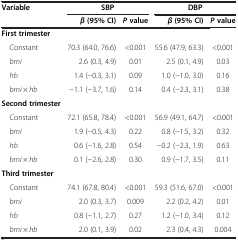
<table><thead><tr><td rowspan="2"><b>Variable</b></td><td colspan="2"><b>SBP</b></td><td colspan="2"><b>DBP</b></td></tr><tr><td><b><i>β </i>(95% CI)</b></td><td><b><i>P </i>value</b></td><td><b><i>β </i>(95% CI)</b></td><td><b><i>P </i>value</b></td></tr></thead><tbody><tr><td><b>First trimester</b></td><td> </td><td> </td><td> </td><td> </td></tr><tr><td> Constant</td><td>70.3 (64.0, 76.6)</td><td>&lt;0.001</td><td>55.6 (47.9, 63.3)</td><td>&lt;0.001</td></tr><tr><td> <i>bmi</i></td><td>2.6 (0.3, 4.9)</td><td>0.01</td><td>2.5 (0.1, 4.9)</td><td>0.03</td></tr><tr><td> <i>hb</i></td><td>1.4 (-0.3, 3.1)</td><td>0.09</td><td>1.0 (-1.0, 3.0)</td><td>0.16</td></tr><tr><td> <i>bmi</i> × <i>hb</i></td><td>-1.1 (-3.7, 1.6)</td><td>0.14</td><td>0.4 (-2.3, 3.1)</td><td>0.38</td></tr><tr><td><b>Second trimester</b></td><td> </td><td> </td><td> </td><td> </td></tr><tr><td> Constant</td><td>72.1 (65.8, 78.4)</td><td>&lt;0.001</td><td>56.9 (49.1, 64.7)</td><td>&lt;0.001</td></tr><tr><td> <i>bmi</i></td><td>1.9 (-0.5, 4.3)</td><td>0.22</td><td>0.8 (-1.5, 3.2)</td><td>0.32</td></tr><tr><td> <i>hb</i></td><td>0.6 (-1.6, 2.8)</td><td>0.54</td><td>-0.2 (-2.3, 1.9)</td><td>0.63</td></tr><tr><td> <i>bmi</i> × <i>hb</i></td><td>0.1 (-2.6, 2.8)</td><td>0.30</td><td>0.9 (-1.7, 3.5)</td><td>0.11</td></tr><tr><td><b>Third trimester</b></td><td> </td><td> </td><td> </td><td> </td></tr><tr><td> Constant</td><td>74.1 (67.8, 80.4)</td><td>&lt;0.001</td><td>59.3 (51.6, 67.0)</td><td>&lt;0.001</td></tr><tr><td> <i>bmi</i></td><td>2.0 (0.3, 3.7)</td><td>0.009</td><td>2.2 (0.2, 4.2)</td><td>0.01</td></tr><tr><td> <i>hb</i></td><td>0.8 (-1.1, 2.7)</td><td>0.27</td><td>1.2 (-1.0, 3.4)</td><td>0.12</td></tr><tr><td> <i>bmi</i> × <i>hb</i></td><td>2.0 (0.1, 3.9)</td><td>0.02</td><td>2.3 (0.4, 4.3)</td><td>0.004</td></tr></tbody></table>